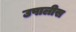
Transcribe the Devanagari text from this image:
उपालीस